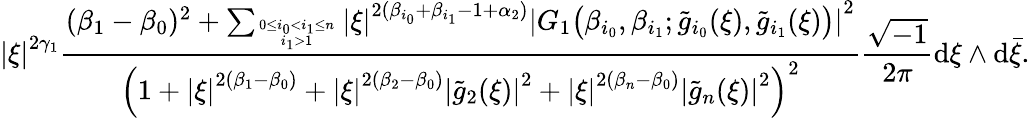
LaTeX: \left|\xi\right|^{2\gamma_{1}}\frac{(\beta_{1}-\beta_{0})^{2}+\sum_{0\le i_{0}<i_{1}\le n\atop i_{1}>1}\left|\xi\right|^{2(\beta_{i_{0}}+\beta_{i_{1}}-1+\alpha_{2})}\left|G_{1}\big(\beta_{i_{0}},\beta_{i_{1}};\tilde{g}_{i_{0}}(\xi),\tilde{g}_{i_{1}}(\xi)\big)\right|^{2}}{\Big(1+\left|\xi\right|^{2(\beta_{1}-\beta_{0})}+\left|\xi\right|^{2(\beta_{2}-\beta_{0})}\left|\tilde{g}_{2}(\xi)\right|^{2}+\left|\xi\right|^{2(\beta_{n}-\beta_{0})}\left|\tilde{g}_{n}(\xi)\right|^{2}\Big)^{2}}\frac{\sqrt{-1}}{2\pi}\mathrm{d}\xi\wedge\mathrm{d}\bar{\xi}.